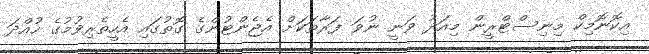
އިކޮނޮމިކް މިނިސްޓްރީން މިއަދު ވަނީ ނުވަ ފަރާތަކަށް އެޖެންޓުންގެ ގޮތުގައި އެހީތެރިވުމުގެ ހުއްދަ